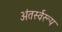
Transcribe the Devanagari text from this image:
अंतर्स्वरूप